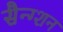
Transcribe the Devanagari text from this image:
सैन्ग्शन